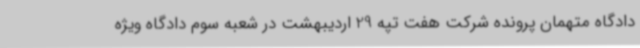
دادگاه متهمان پرونده شرکت هفت تپه 29 اردیبهشت در شعبه سوم دادگاه ویژه